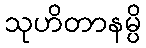
သုဟိတာနမ္ပိ